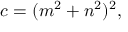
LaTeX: c = ( m ^ { 2 } + n ^ { 2 } ) ^ { 2 } ,